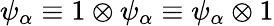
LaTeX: \psi_{\alpha}\equiv 1\otimes\psi_{\alpha}\equiv\psi_{\alpha}\otimes 1